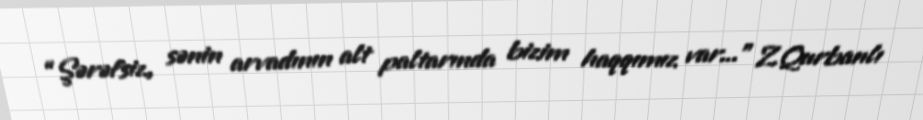
“Şərəfsiz, sənin arvadının alt paltarında bizim haqqımız var...” Z.Qurbanlı